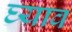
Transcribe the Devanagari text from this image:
घ्याव